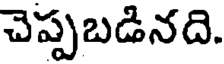
చెప్పబడినది.